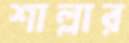
শাল্লার